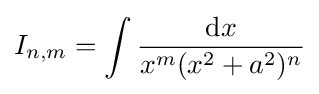
I_{n,m}=\int {\frac {{\text{d}}x}{x^{m}(x^{2}+a^{2})^{n}}}\,\!